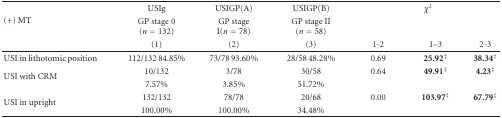
<table><thead><tr><td rowspan="3"><b>(+) MT</b></td><td><b>USIg</b></td><td><b>USIGP(A)</b></td><td><b>USIGP(B)</b></td><td colspan="3"><b><i>χ</i><sup>2</sup></b></td></tr><tr><td><b>GP stage 0 (<i>n</i> = 132)</b></td><td><b>GP stage I(<i>n</i> = 78)</b></td><td><b>GP stage II (<i>n</i> = 58)</b></td><td></td><td></td><td></td></tr><tr><td><b>(1)</b></td><td><b>(2)</b></td><td><b>(3)</b></td><td><b>1-2</b></td><td><b>1–3</b></td><td><b>2-3</b></td></tr></thead><tbody><tr><td>USI in lithotomic position</td><td>112/132 84.85%</td><td>73/78 93.60%</td><td>28/58 48.28%</td><td>0.69</td><td><b>25.92</b><sup>‡</sup></td><td><b>38.34</b><sup>‡</sup></td></tr><tr><td rowspan="2">USI with CRM</td><td>10/132</td><td>3/78</td><td>30/58</td><td>0.64</td><td><b>49.91</b><sup>‡</sup></td><td><b>4.23</b><sup>‡</sup></td></tr><tr><td>7.57%</td><td>3.85%</td><td>51.72%</td><td></td><td></td><td></td></tr><tr><td rowspan="2">USI in upright</td><td>132/132</td><td>78/78</td><td>20/68</td><td>0.00</td><td><b>103.97</b><sup>‡</sup></td><td><b>67.79</b><sup>‡</sup></td></tr><tr><td>100.00%</td><td>100.00%</td><td>34.48%</td><td></td><td></td><td></td></tr></tbody></table>